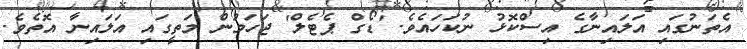
އެތަނުގައި އަލައިނާގެ އިސްކޮޅު ނުކަހައެވެ. 'ޑޯގް ޕެޓެލް' ޖަހަމުން މަތީގައި އަލައިނާ އޮތެވެ.